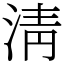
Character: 淸